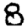
Digit: 8